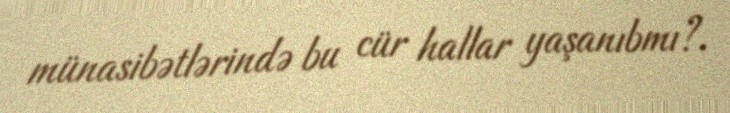
münasibətlərində bu cür hallar yaşanıbmı?.